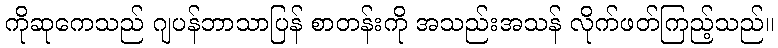
ကိုဆုကေသည် ဂျပန်ဘာသာပြန် စာတန်းကို အသည်းအသန် လိုက်ဖတ်ကြည့်သည်။